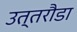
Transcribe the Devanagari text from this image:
उत्तरौडा